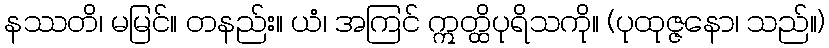
နဿတိ၊ မမြင်။ တနည်း။ ယံ၊ အကြင် ဣတ္ထိပုရိသကို။ (ပုထုဇ္ဇနော၊ သည်။)